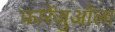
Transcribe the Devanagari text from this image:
फारेंजुओला